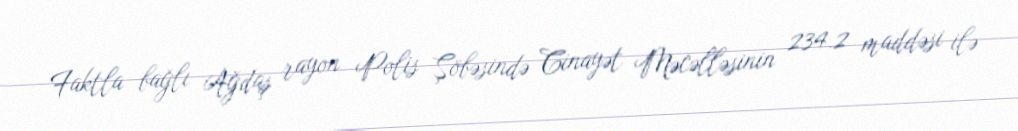
Faktla bağlı Ağdaş rayon Polis Şöbəsində Cinayət Məcəlləsinin 234.2 maddəsi ilə